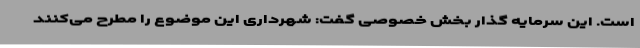
است. این سرمایه گذار بخش خصوصی گفت: شهرداری این موضوع را مطرح می‌کنند